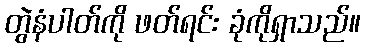
တွဲနံပါတ်ကို ဖတ်ရင်း ခုံကိုရှာသည်။